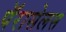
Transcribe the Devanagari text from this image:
पॅरासेलस